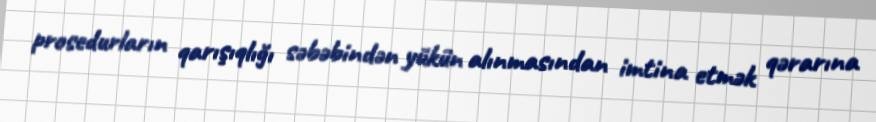
prosedurların qarışıqlığı səbəbindən yükün alınmasından imtina etmək qərarına